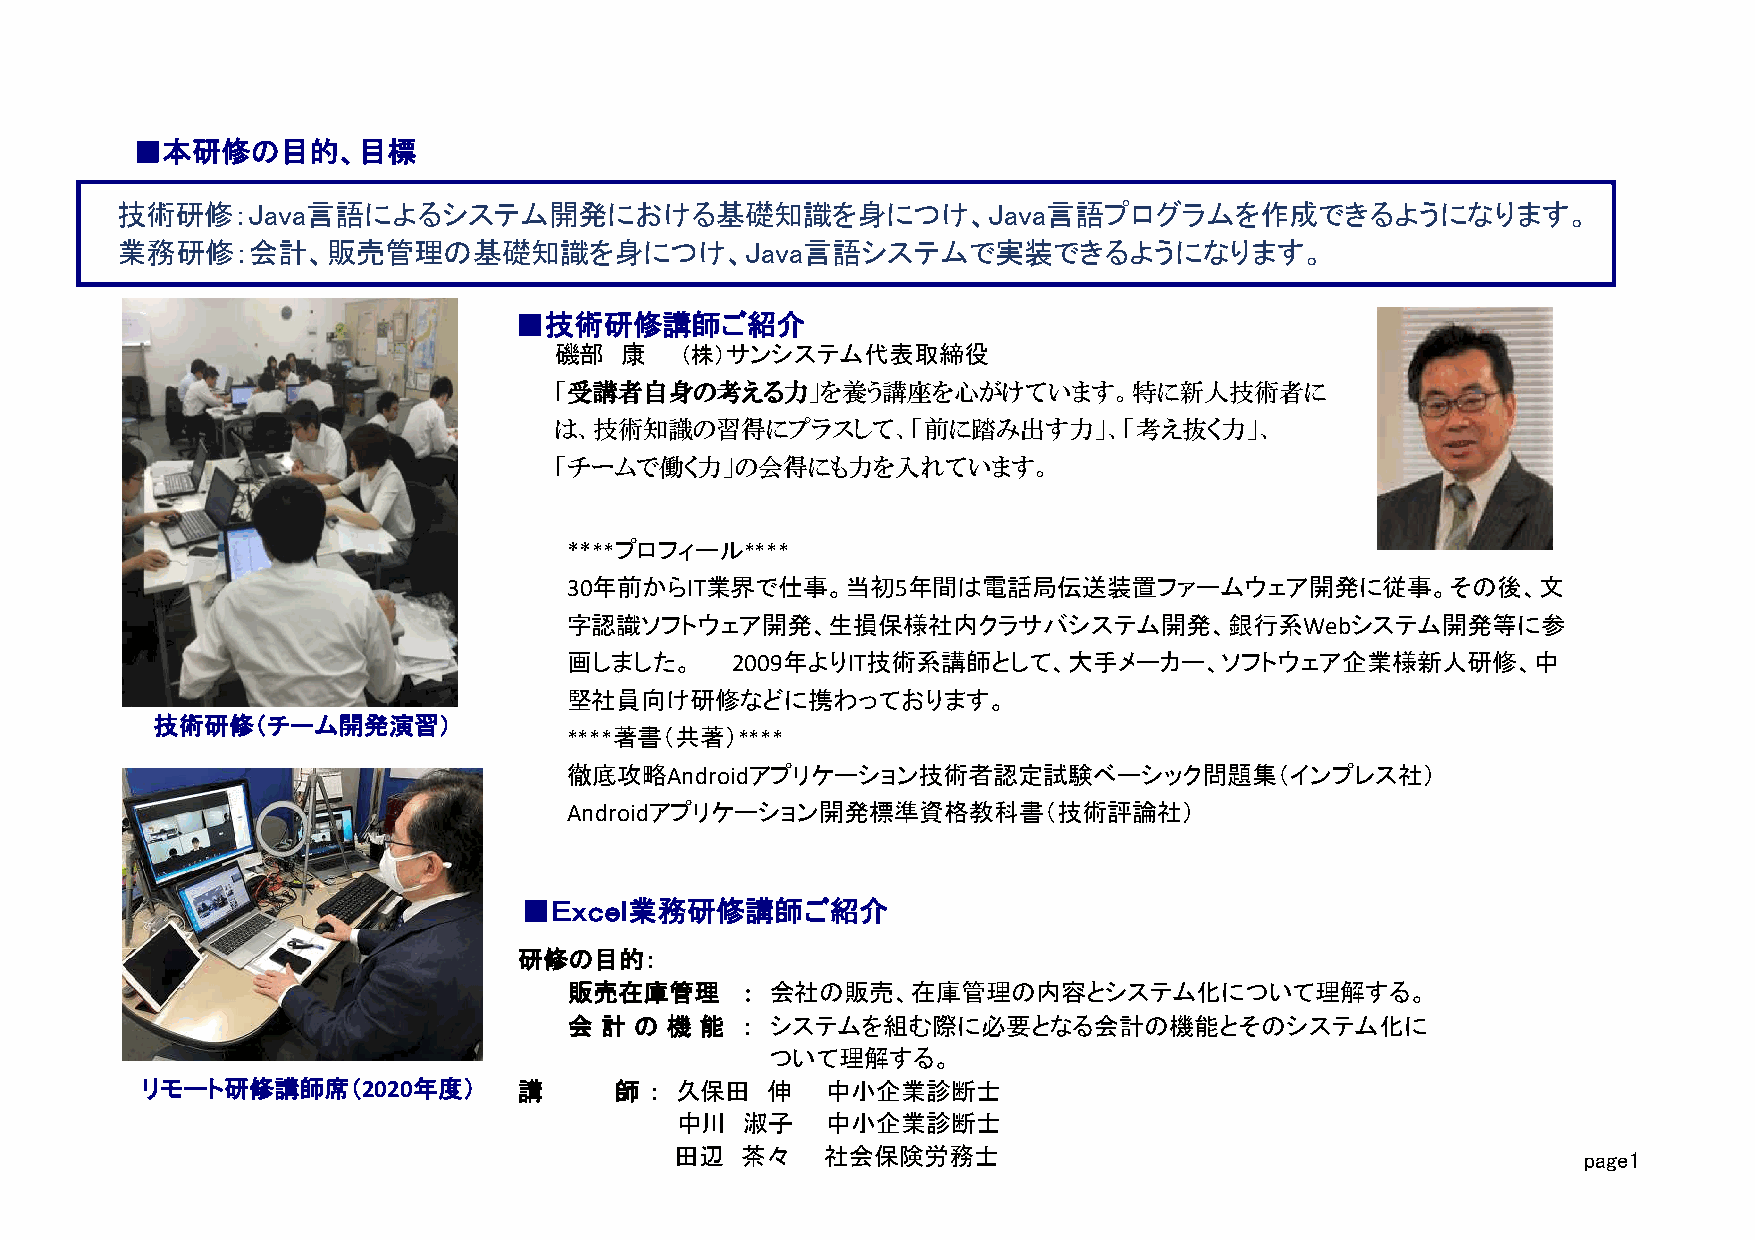
■本研修の目的、目標
 技術研修：Java言語によるシステム開発における基礎知識を身につけ、Java言語プログラムを作成できるようになります。
 業務研修：会計、販売管理の基礎知識を身につけ、Java言語システムで実装できるようになります。
 ■技術研修講師ご紹介
 磯部  康   （株）サンシステム代表取締役
 「受講者自身の考える力」を養う講座を心がけています。特に新人技術者に
 は、技術知識の習得にプラスして、「前に踏み出す力」、「考え抜く力」、
 「チームで働く力」の会得にも力を入れています。
 ****プロフィール****
 30年前からIT業界で仕事。当初5年間は電話局伝送装置ファームウェア開発に従事。その後、文
 字認識ソフトウェア開発、生損保様社内クラサバシステム開発、銀行系Webシステム開発等に参
 画しました。    2009年よりIT技術系講師として、大手メーカー、ソフトウェア企業様新人研修、中
 堅社員向け研修などに携わっております。
 技術研修（チーム開発演習）
 ****著書（共著）****
 徹底攻略Androidアプリケーション技術者認定試験ベーシック問題集（インプレス社）
 Androidアプリケーション開発標準資格教科書（技術評論社）
 リモート研修写真入
 ■Ｅｘｃｅｌ業務研修講師ご紹介
 る
 研修の目的：
 販売在庫管理     ： 会社の販売、在庫管理の内容とシステム化について理解する。
 会 計 の 機 能  ： システムを組む際に必要となる会計の機能とそのシステム化に
 ついて理解する。
 リモート研修講師席（2020年度）        講      師 ： 久保田   伸   中小企業診断士
 中川  淑子    中小企業診断士
 田辺  茶々    社会保険労務士                                           page1